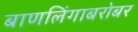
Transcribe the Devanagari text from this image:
बाणलिंगाबरोबर